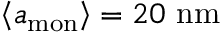
{ \left< a _ { \mathrm { m o n } } \right> = 2 0 \ \mathrm { n m } }